Civil Veterinary Department. Madras. Admin. report 1910-25 - 1910-1925
Year: 1910
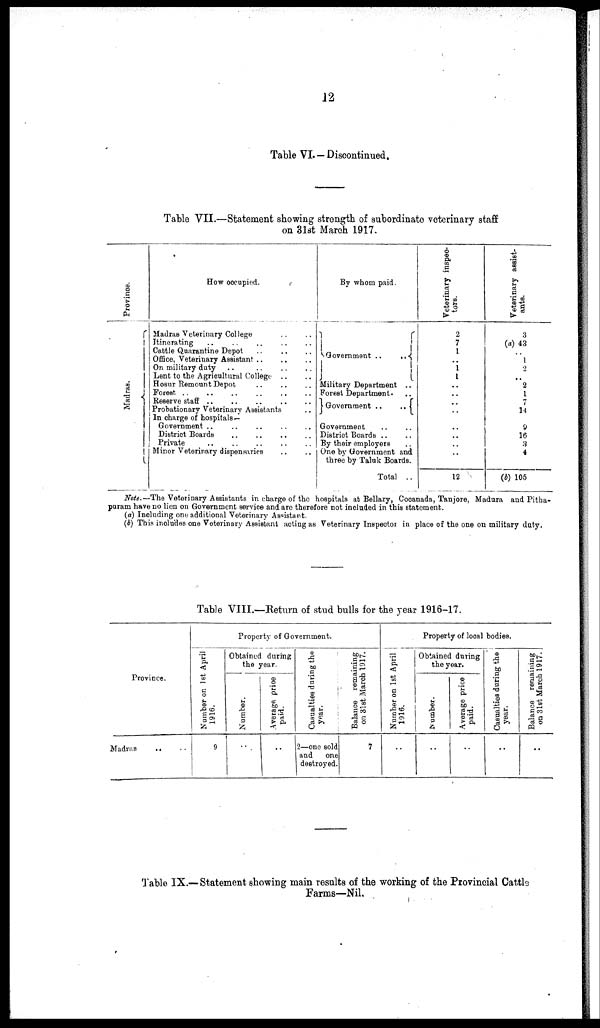
12
Table VI. — Discontinued,
Table VII.—Statement showing strength of subordinate veterinary staff
on 31st March 1917.
Province.
Ma dr a s .
How occupied.
Madras Veterinary College .. ..
Itinerating .. .. .. .. ..
Cattle Quarantine Depot .. .. ..
Office, Veterinary Assistant .. .. ..
On military duty .. .. .. ..
Lent to the Agricultural College .. ..
Hosur Remount Depot .. .. ..
Forest ..
..
..
..
..
..
Reserve staff .. .. .. .. ..
Probationary Veterinary Assistants ..
In charge of hospitals —
Government .. .. .. .. ..
District Boards .. .. .. ..
Private .. .. .. .. .. ..
Minor Veterinary dispensaries .. ..
By whom paid.
Government .. ..
Military Department ..
Forest Department. ..
Government ..
..
Government .. ..
District Boards .. ..
By their employers ..
One by Government and
three by Taluk Boards.
Total ..
Veterinary inspec-
tors.
2
7
1
..
1
1
..
..
..
..
..
..
..
..
12
Veterinary assist-
ants.
3
(a) 43
..
1
2
..
2
1
7
14
9
16
3
4
(b) 105
Note. —The Veterinary Assistants in charge of the hospitals at Bellary, Cocanada, Tanjore, Madura and Pitha-
puram have no lien on Government service and are therefore not included in this statement.
(a) Including one additional Veterinary Assistant.
(b) This includes one Veterinary Assistant acting as Veterinary Inspector in place of the one on military duty.
Table VIII.—Return of stud bulls for the year 1916-17.
Province.
Madras .. ..
Property of Government.
Number on 1st April
1916.
9
Obtained during
the year.
Number.
..
Average price
paid.
..
Casualties dur i ng the
year .
2—one sold
and one
destroyed.
Ba l
a nc e remaining
on 31s t Ma r c h 1917.
7
Property of local bodies.
Nu mb e r on 1st April
1916.
..
Obtained during
the year.
Number.
..
Average price
paid.
..
Casualties dur i ng the
year.
..
Ba l
a nc e remaining
on 31st March 1917.
..
Table IX.—Statement showing main results of the working of the Provincial Cattle
Farms—Nil.